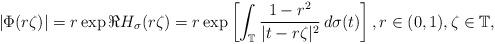
LaTeX: \begin{align*}|\Phi(r\zeta)|=r\exp\Re H_{\sigma}(r\zeta)=r\exp\left[\int_{\mathbb{T}}\frac{1-r^{2}}{|t-r\zeta|^{2}}\,d\sigma(t)\right],r\in(0,1),\zeta\in\mathbb{T},\end{align*}